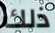
ذلك